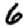
Digit: 6